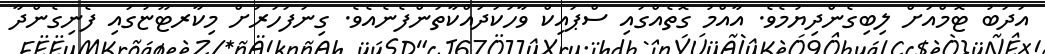
އަދަބު ޓޮމްއަށް ލިބިގެންދިޔުމެވެ. އާއްމު ގޮތެއްގައި ސްޕައިކް ވާހަކަދައްކާތަންފެނެއެވެ. ގިނަފަހަރަށް މިކާރޓޫޏުގައި ފެނިގެންދާ